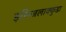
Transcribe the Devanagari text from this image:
इरिन्जलाक्कुडा